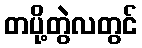
တပို့တွဲလတွင်